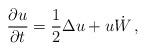
LaTeX: \begin{align*} \frac {\partial u}{\partial t} =\frac12\Delta u+u \dot{W}\, ,\end{align*}